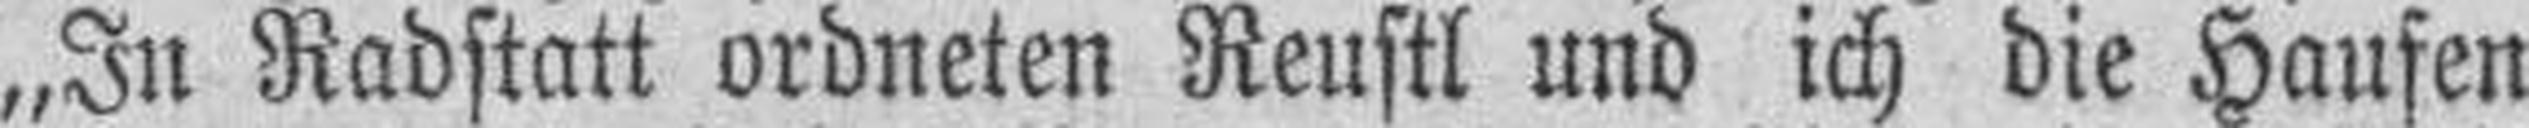
„In Radstatt ordneten Reustl und ich die Haufen